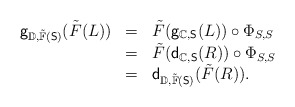
\begin{align*}\begin{array}{lll}\mathsf{g}_{\mathbb{D},\tilde{\mathbb{F}}(\mathsf{S})}(\tilde{F}(L))&=&\tilde{F}(\mathsf{g}_{\mathbb{C},\mathsf{S}}(L))\circ\Phi_{S,S}\\&=&\tilde{F}(\mathsf{d}_{\mathbb{C},\mathsf{S}}(R))\circ\Phi_{S,S}\\&=&\mathsf{d}_{\mathbb{D},\tilde{\mathbb{F}}(\mathsf{S})}(\tilde{F}(R)).\end{array}\end{align*}